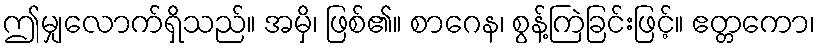
ဤမျှလောက်ရှိသည်။ အမှိ၊ ဖြစ်၏။ စာဂေန၊ စွန့်ကြဲခြင်းဖြင့်။ ဧတ္တကော၊